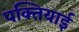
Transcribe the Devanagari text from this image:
पक्तियाई